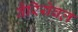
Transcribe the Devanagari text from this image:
वैरियेबल